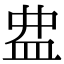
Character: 𥁖